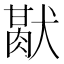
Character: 𤡜